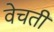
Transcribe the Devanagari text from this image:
वेचती